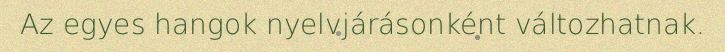
Az egyes hangok nyelvjárásonként változhatnak.